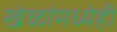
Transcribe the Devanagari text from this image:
खेळांमध्येही